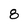
Character: 8